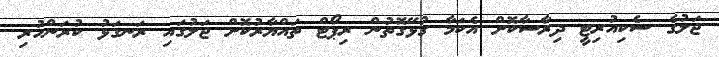
ޖަލުގެ ސެކިއުރިޓީ ދިރާސާކޮށް އެކަމާ ގުޅޭގޮތުން ރިޕޯޓް ތައްޔާރުކޮށް ޖަލުގައި ރަނގަޅު ކުރަންހުރި